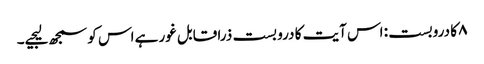
۸ کا دروبست: اس آیت کا درو بست ذرا قابل غور ہے اس کو سمجھ لیجیے۔